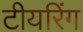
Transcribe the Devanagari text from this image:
टीयरिंग